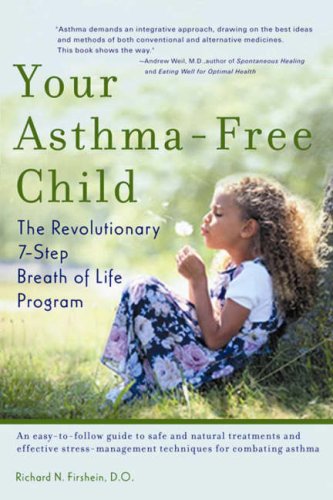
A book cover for Your Asthma-Free Child; Richard Firshein; Health, Fitness & Dieting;